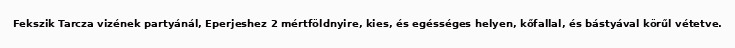
Fekszik Tarcza vizének partyánál, Eperjeshez 2 mértföldnyire, kies, és egésséges helyen, kőfallal, és bástyával körűl vétetve.